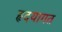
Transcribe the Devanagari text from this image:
हृदयागत